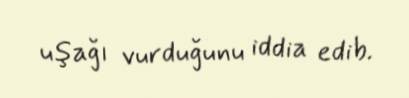
uşağı vurduğunu iddia edib.